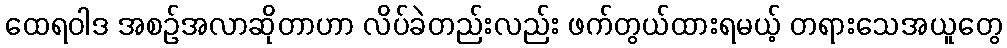
ထေရဝါဒ အစဉ်အလာဆိုတာဟာ လိပ်ခဲတည်းလည်း ဖက်တွယ်ထားရမယ့် တရားသေအယူတွေ